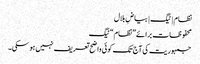
نظام | ٹیگ | بیاضِ بلال
محفوظات برائے ”نظام“ ٹیگ
جمہوریت کی آج تک کوئی واضح تعریف نہیں ہو سکی۔